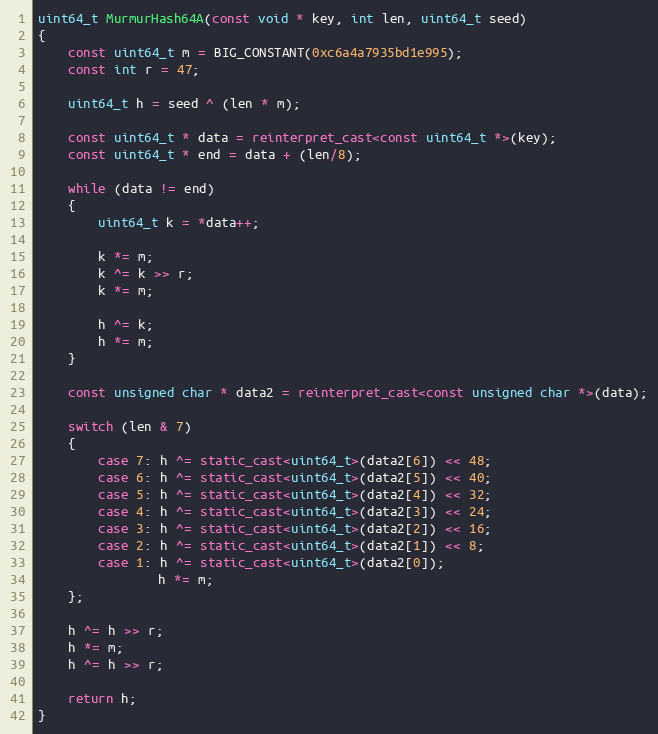
Language: C++
uint64_t MurmurHash64A(const void * key, int len, uint64_t seed)
{
    const uint64_t m = BIG_CONSTANT(0xc6a4a7935bd1e995);
    const int r = 47;

    uint64_t h = seed ^ (len * m);

    const uint64_t * data = reinterpret_cast<const uint64_t *>(key);
    const uint64_t * end = data + (len/8);

    while (data != end)
    {
        uint64_t k = *data++;

        k *= m;
        k ^= k >> r;
        k *= m;

        h ^= k;
        h *= m;
    }

    const unsigned char * data2 = reinterpret_cast<const unsigned char *>(data);

    switch (len & 7)
    {
        case 7: h ^= static_cast<uint64_t>(data2[6]) << 48;
        case 6: h ^= static_cast<uint64_t>(data2[5]) << 40;
        case 5: h ^= static_cast<uint64_t>(data2[4]) << 32;
        case 4: h ^= static_cast<uint64_t>(data2[3]) << 24;
        case 3: h ^= static_cast<uint64_t>(data2[2]) << 16;
        case 2: h ^= static_cast<uint64_t>(data2[1]) << 8;
        case 1: h ^= static_cast<uint64_t>(data2[0]);
                h *= m;
    };

    h ^= h >> r;
    h *= m;
    h ^= h >> r;

    return h;
}